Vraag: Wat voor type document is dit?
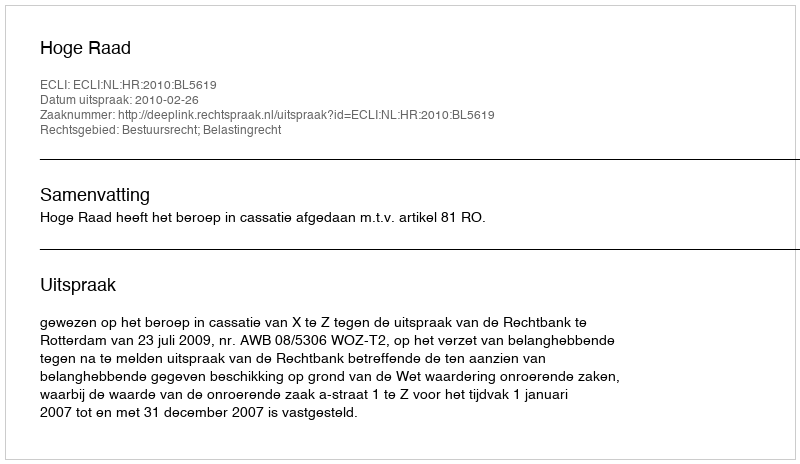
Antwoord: Uitspraak